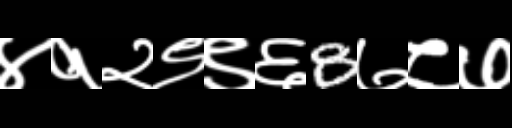
Text: ४१२९९६8७८७